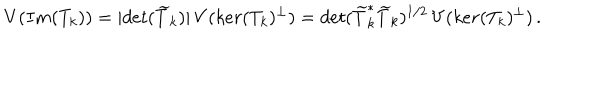
V ( I m ( T _ { k } ) ) = | d e t ( \widetilde { T } _ { k } ) | \, V ( k e r ( T _ { k } ) ^ { \perp } ) = d e t ( \widetilde { T } _ { k } ^ { * } \widetilde { T } _ { k } ) ^ { 1 / 2 } \, V ( k e r ( T _ { k } ) ^ { \perp } ) \, .